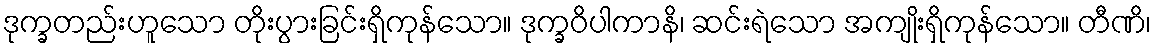
ဒုက္ခတည်းဟူသော တိုးပွားခြင်းရှိကုန်သော။ ဒုက္ခဝိပါကာနိ၊ ဆင်းရဲသော အကျိုးရှိကုန်သော။ တီဏိ၊